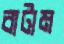
বাটাম